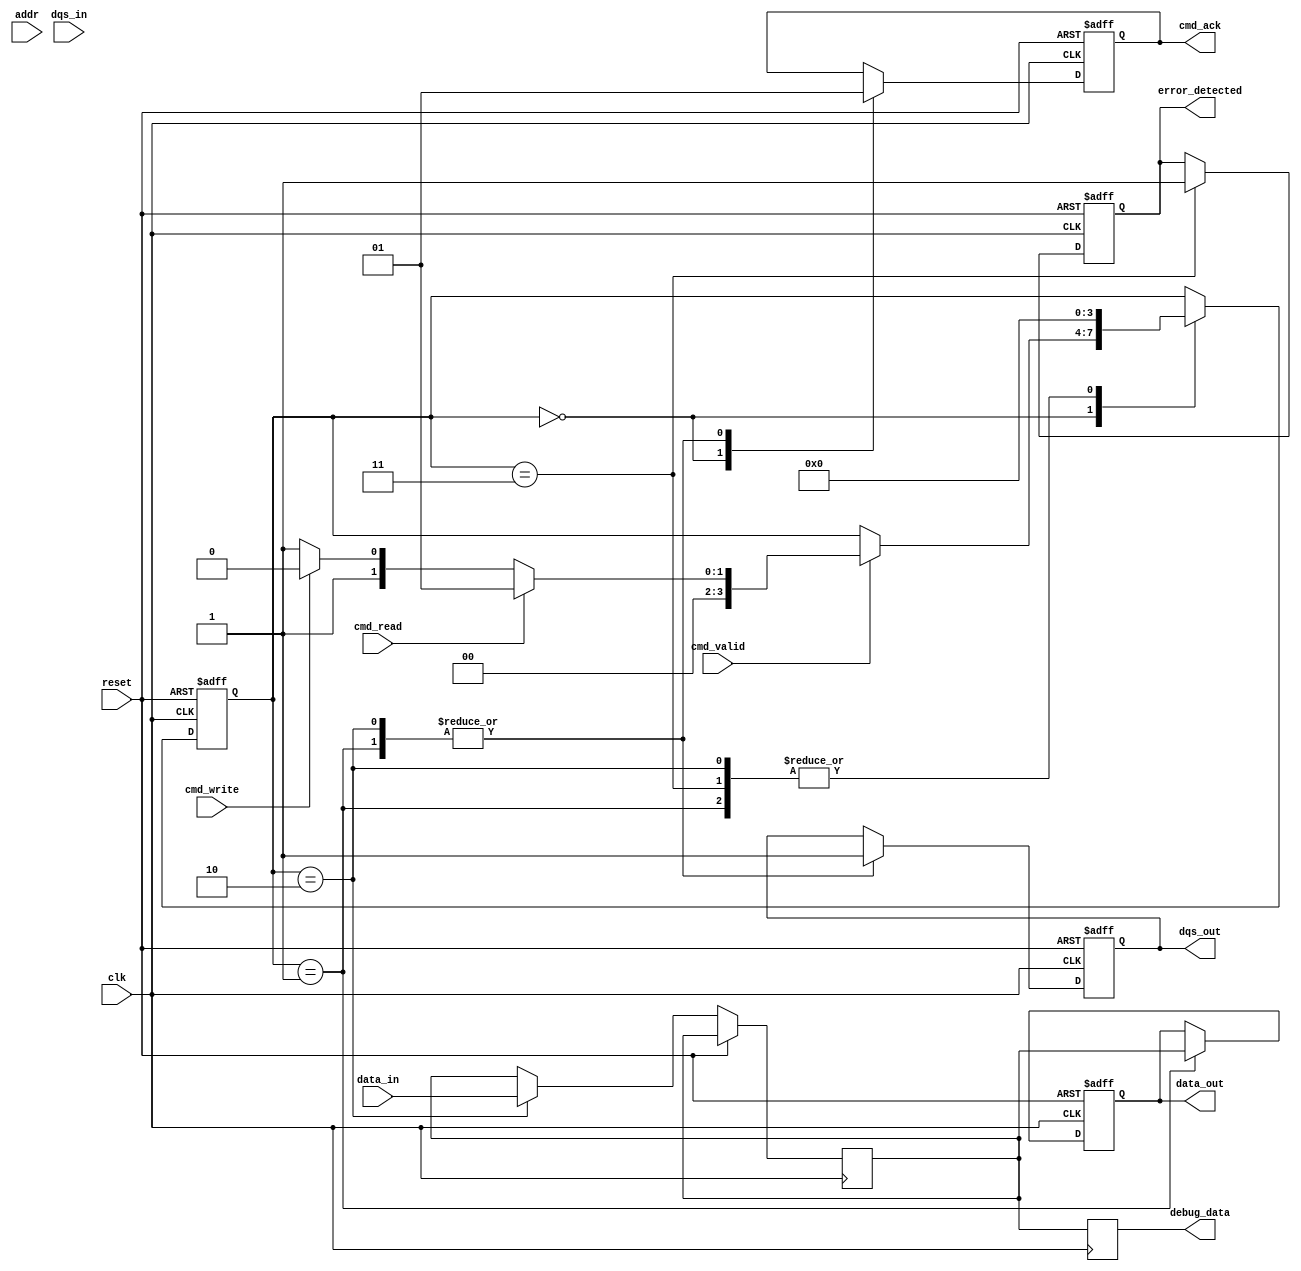
module gddr_io_block #(
    parameter DATA_WIDTH = 32,  // Supported data width (16, 32, 64 bits)
    parameter ADDR_WIDTH = 16    // Address width
)(
    input wire clk,               // Clock signal
    input wire reset,             // Reset signal
    input wire [DATA_WIDTH-1:0] data_in,  // Data input
    output reg [DATA_WIDTH-1:0] data_out,  // Data output
    input wire dqs_in,           // Data Strobe input
    output reg dqs_out,          // Data Strobe output
    input wire [ADDR_WIDTH-1:0] addr,       // Address input
    input wire cmd_valid,         // Command valid signal
    input wire cmd_read,          // Read command signal
    input wire cmd_write,         // Write command signal
    output reg cmd_ack,           // Command acknowledge signal
    output reg error_detected,     // Error detection signal
    output reg [DATA_WIDTH-1:0] debug_data // Debug data output
);

// Internal signals
reg [DATA_WIDTH-1:0] data_buffer; // Buffer for data transfer
reg [3:0] state;                   // State machine for command processing

// State machine states
localparam IDLE = 4'b0000,
           READ = 4'b0001,
           WRITE = 4'b0010,
           ERROR = 4'b0011;

// Clock gating logic (example)
always @(posedge clk or posedge reset) begin
    if (reset) begin
        // Reset logic
        state <= IDLE;
        cmd_ack <= 0;
        error_detected <= 0;
        dqs_out <= 0;
        data_out <= 0;
    end else begin
        case (state)
            IDLE: begin
                cmd_ack <= 0;
                if (cmd_valid) begin
                    if (cmd_read) begin
                        state <= READ;
                    end else if (cmd_write) begin
                        state <= WRITE;
                    end else begin
                        state <= ERROR; // Invalid command
                    end
                end
            end
            READ: begin
                // Simulate read operation
                data_out <= data_buffer; // Output the buffered data
                dqs_out <= 1; // Activate DQS for data latching
                cmd_ack <= 1; // Acknowledge command
                state <= IDLE; // Go back to idle after read
            end
            WRITE: begin
                // Simulate write operation
                data_buffer <= data_in; // Buffer the incoming data
                dqs_out <= 1; // Activate DQS for data latching
                cmd_ack <= 1; // Acknowledge command
                state <= IDLE; // Go back to idle after write
            end
            ERROR: begin
                error_detected <= 1; // Set error detected flag
                state <= IDLE; // Go back to idle
            end
        endcase
    end
end

// Debugging logic (optional)
always @(posedge clk) begin
    debug_data <= data_buffer; // Output debug data
end

endmodule